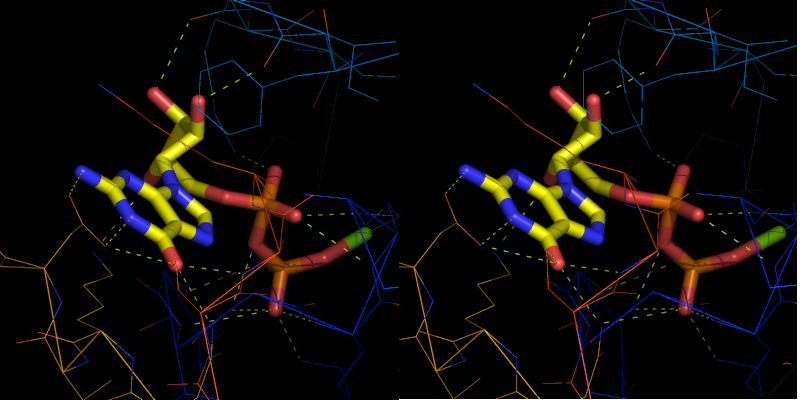
pymol, stereo, crosseye